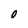
Character: 0